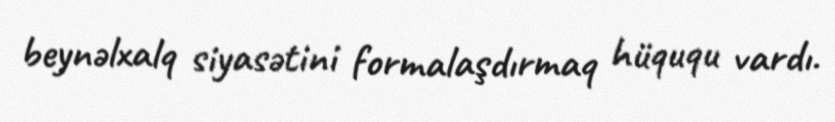
beynəlxalq siyasətini formalaşdırmaq hüququ vardı.